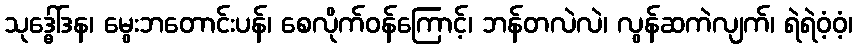
သုဒ္ဓေါ်ဒန၊ မွေးဘတောင်းပန်၊ စေလိုက်ဝန်ကြောင့်၊ ဘန်တလဲလဲ၊ လွန်ဆကဲလျက်၊ ရဲရဲဝံ့ဝံ့၊